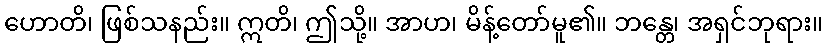
ဟောတိ၊ ဖြစ်သနည်း။ ဣတိ၊ ဤသို့။ အာဟ၊ မိန့်တော်မူ၏။ ဘန္တေ၊ အရှင်ဘုရား။